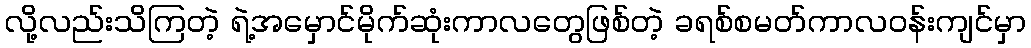
လို့လည်းသိကြတဲ့ ရဲ့အမှောင်မိုက်ဆုံးကာလတွေဖြစ်တဲ့ ခရစ်စမတ်ကာလဝန်းကျင်မှာ